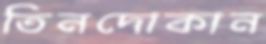
তিনদোকান